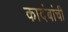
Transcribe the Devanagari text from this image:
कादंबांची